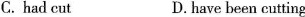
C. had cut D.have been cutting